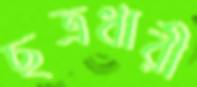
ছত্রধারী